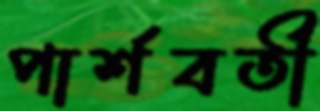
পার্শবর্তী